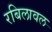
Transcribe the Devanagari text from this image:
रबिलावल